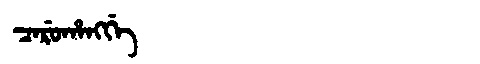
Manchu: ᠴᠠᡵᡠᡥᠠᠩᡤᡝ
Romanization: CARUHANGGE